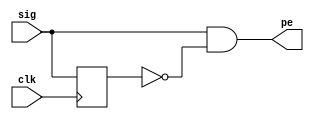
// Code your design here
module pos_edgedetect ( input sig,            // Input signal for which positive edge has to be detected
                      input clk,            // Input signal for clock
                      output pe);           // Output signal that gives a pulse when a positive edge occurs
 
    reg   signal;                          // Internal signal to store the delayed version of signal
 
    // This always block ensures that sig_dly is exactly 1 clock behind sig
  always @ (posedge clk) begin
    signal <= sig;
  end
 
    // Combinational logic where sig is AND with delayed, inverted version of sig
    // Assign statement assigns the evaluated expression in the RHS to the internal net pe
  assign pe = sig & ~signal;            
endmodule